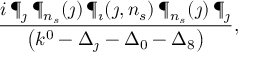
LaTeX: { \frac { i \, \P _ { \jmath } \, \P _ { n _ { s } } ( \jmath ) \, \P _ { \imath } ( \jmath , n _ { s } ) \, \P _ { n _ { s } } ( \jmath ) \, \P _ { \jmath } } { \left( k ^ { 0 } - \Delta _ { \jmath } - \Delta _ { 0 } - \Delta _ { 8 } \right) } } ,